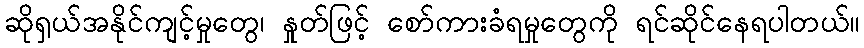
ဆိုရှယ်အနိုင်ကျင့်မှုတွေ၊ နှုတ်ဖြင့် စော်ကားခံရမှုတွေကို ရင်ဆိုင်နေရပါတယ်။